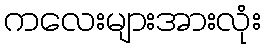
ကလေးများအားလုံး